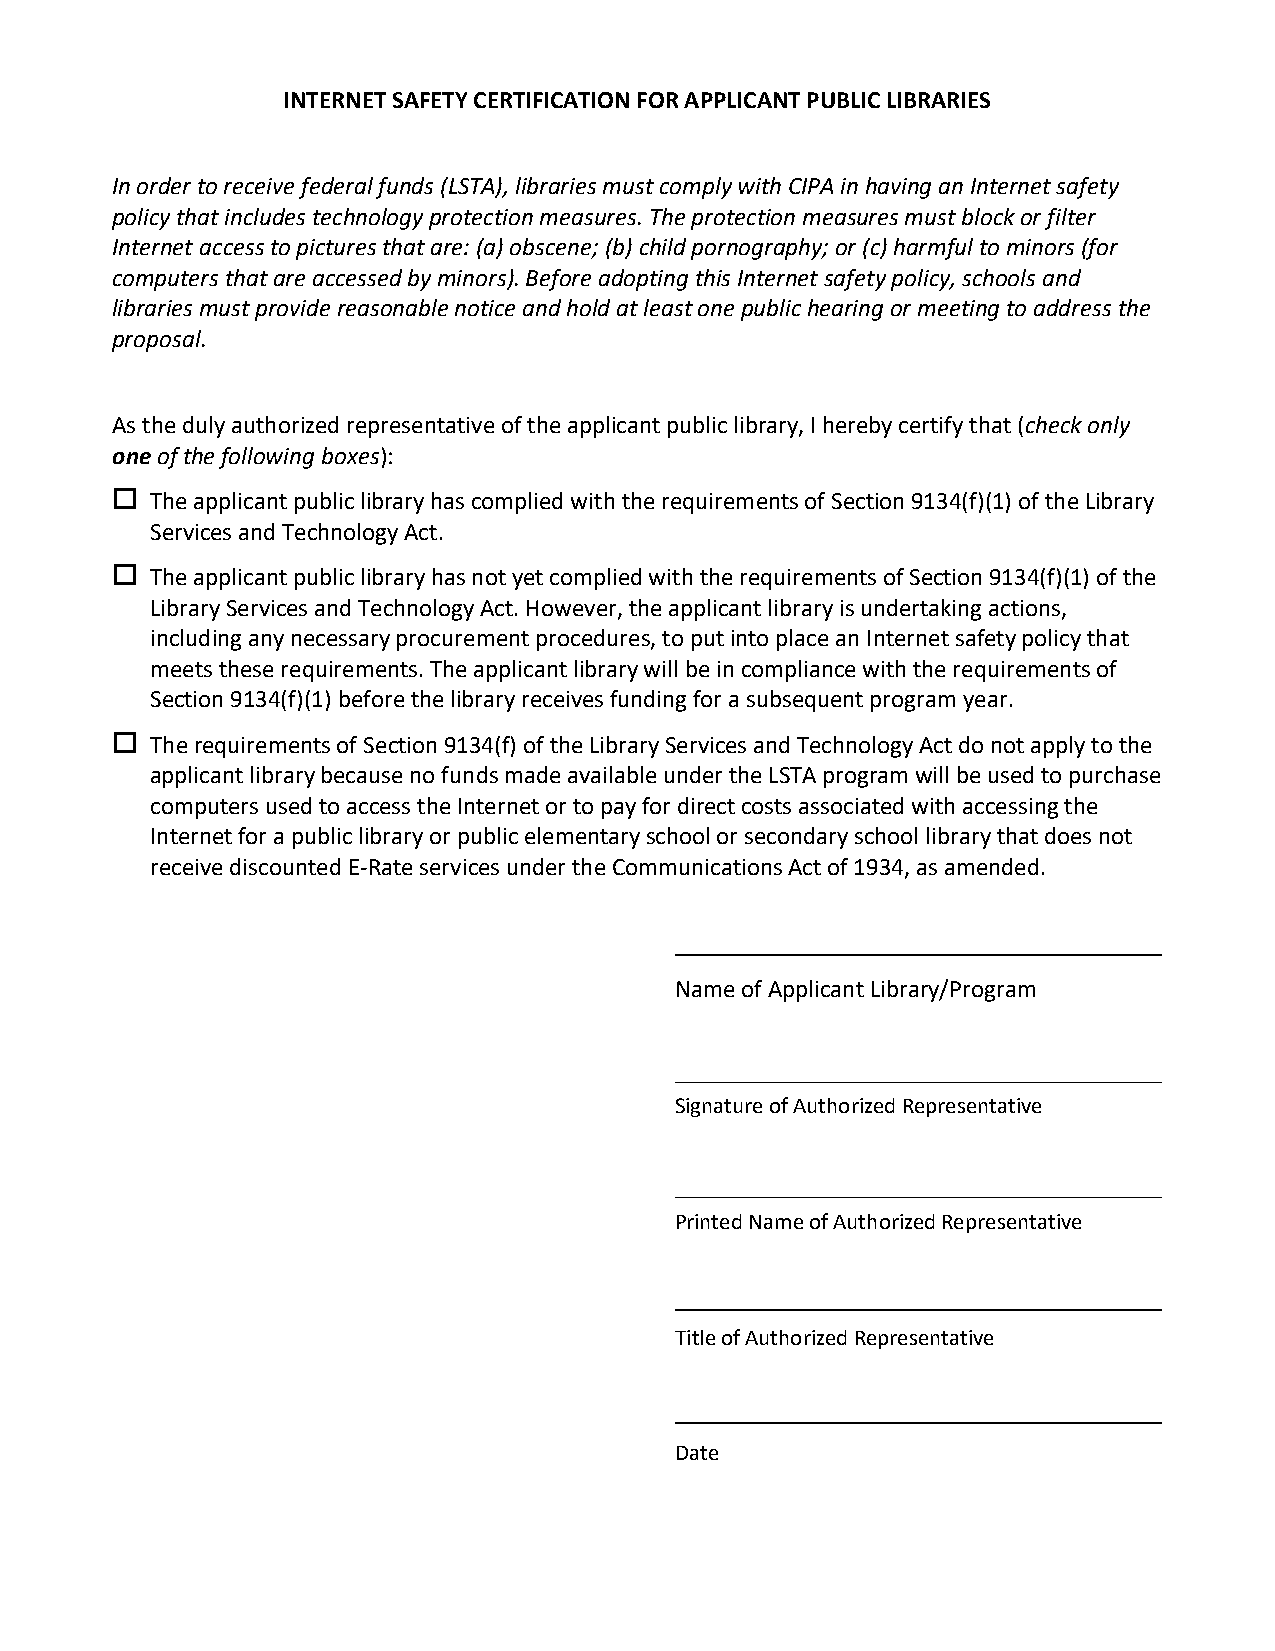
INTERNET SAFETY CERTIFICATION FOR APPLICANT PUBLIC LIBRARIES
 In order to receive federal funds (LSTA), libraries must comply with CIPA in having an Internet safety
 policy that includes technology protection measures. The protection measures must block or filter
 Internet access to pictures that are: (a) obscene; (b) child pornography; or (c) harmful to minors (for
 computers that are accessed by minors). Before adopting this Internet safety policy, schools and
 libraries must provide reasonable notice and hold at least one public hearing or meeting to address the
 proposal.
 As the duly authorized representative of the applicant public library, I hereby certify that (check only
 one of the following boxes):
   The applicant public library has complied with the requirements of Section 9134(f)(1) of the Library
 Services and Technology Act.
   The applicant public library has not yet complied with the requirements of Section 9134(f)(1) of the
 Library Services and Technology Act. However, the applicant library is undertaking actions,
 including any necessary procurement procedures, to put into place an Internet safety policy that
 meets these requirements. The applicant library will be in compliance with the requirements of
 Section 9134(f)(1) before the library receives funding for a subsequent program year.
   The requirements of Section 9134(f) of the Library Services and Technology Act do not apply to the
 applicant library because no funds made available under the LSTA program will be used to purchase
 computers used to access the Internet or to pay for direct costs associated with accessing the
 Internet for a public library or public elementary school or secondary school library that does not
 receive discounted E-Rate services under the Communications Act of 1934, as amended.
 Name of Applicant Library/Program
 Signature of Authorized Representative
 Printed Name of Authorized Representative
 Title of Authorized Representative
 Date